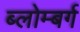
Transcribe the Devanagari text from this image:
ब्लोम्बर्ग